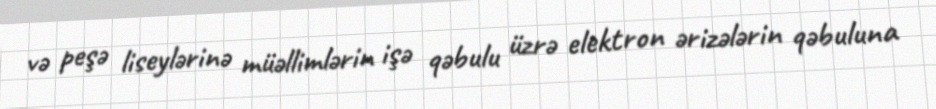
və peşə liseylərinə müəllimlərin işə qəbulu üzrə elektron ərizələrin qəbuluna